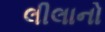
લીલાનો